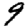
Digit: 9